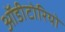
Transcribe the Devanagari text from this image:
ऑडीटोरियो